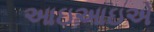
આઇઆઇએ